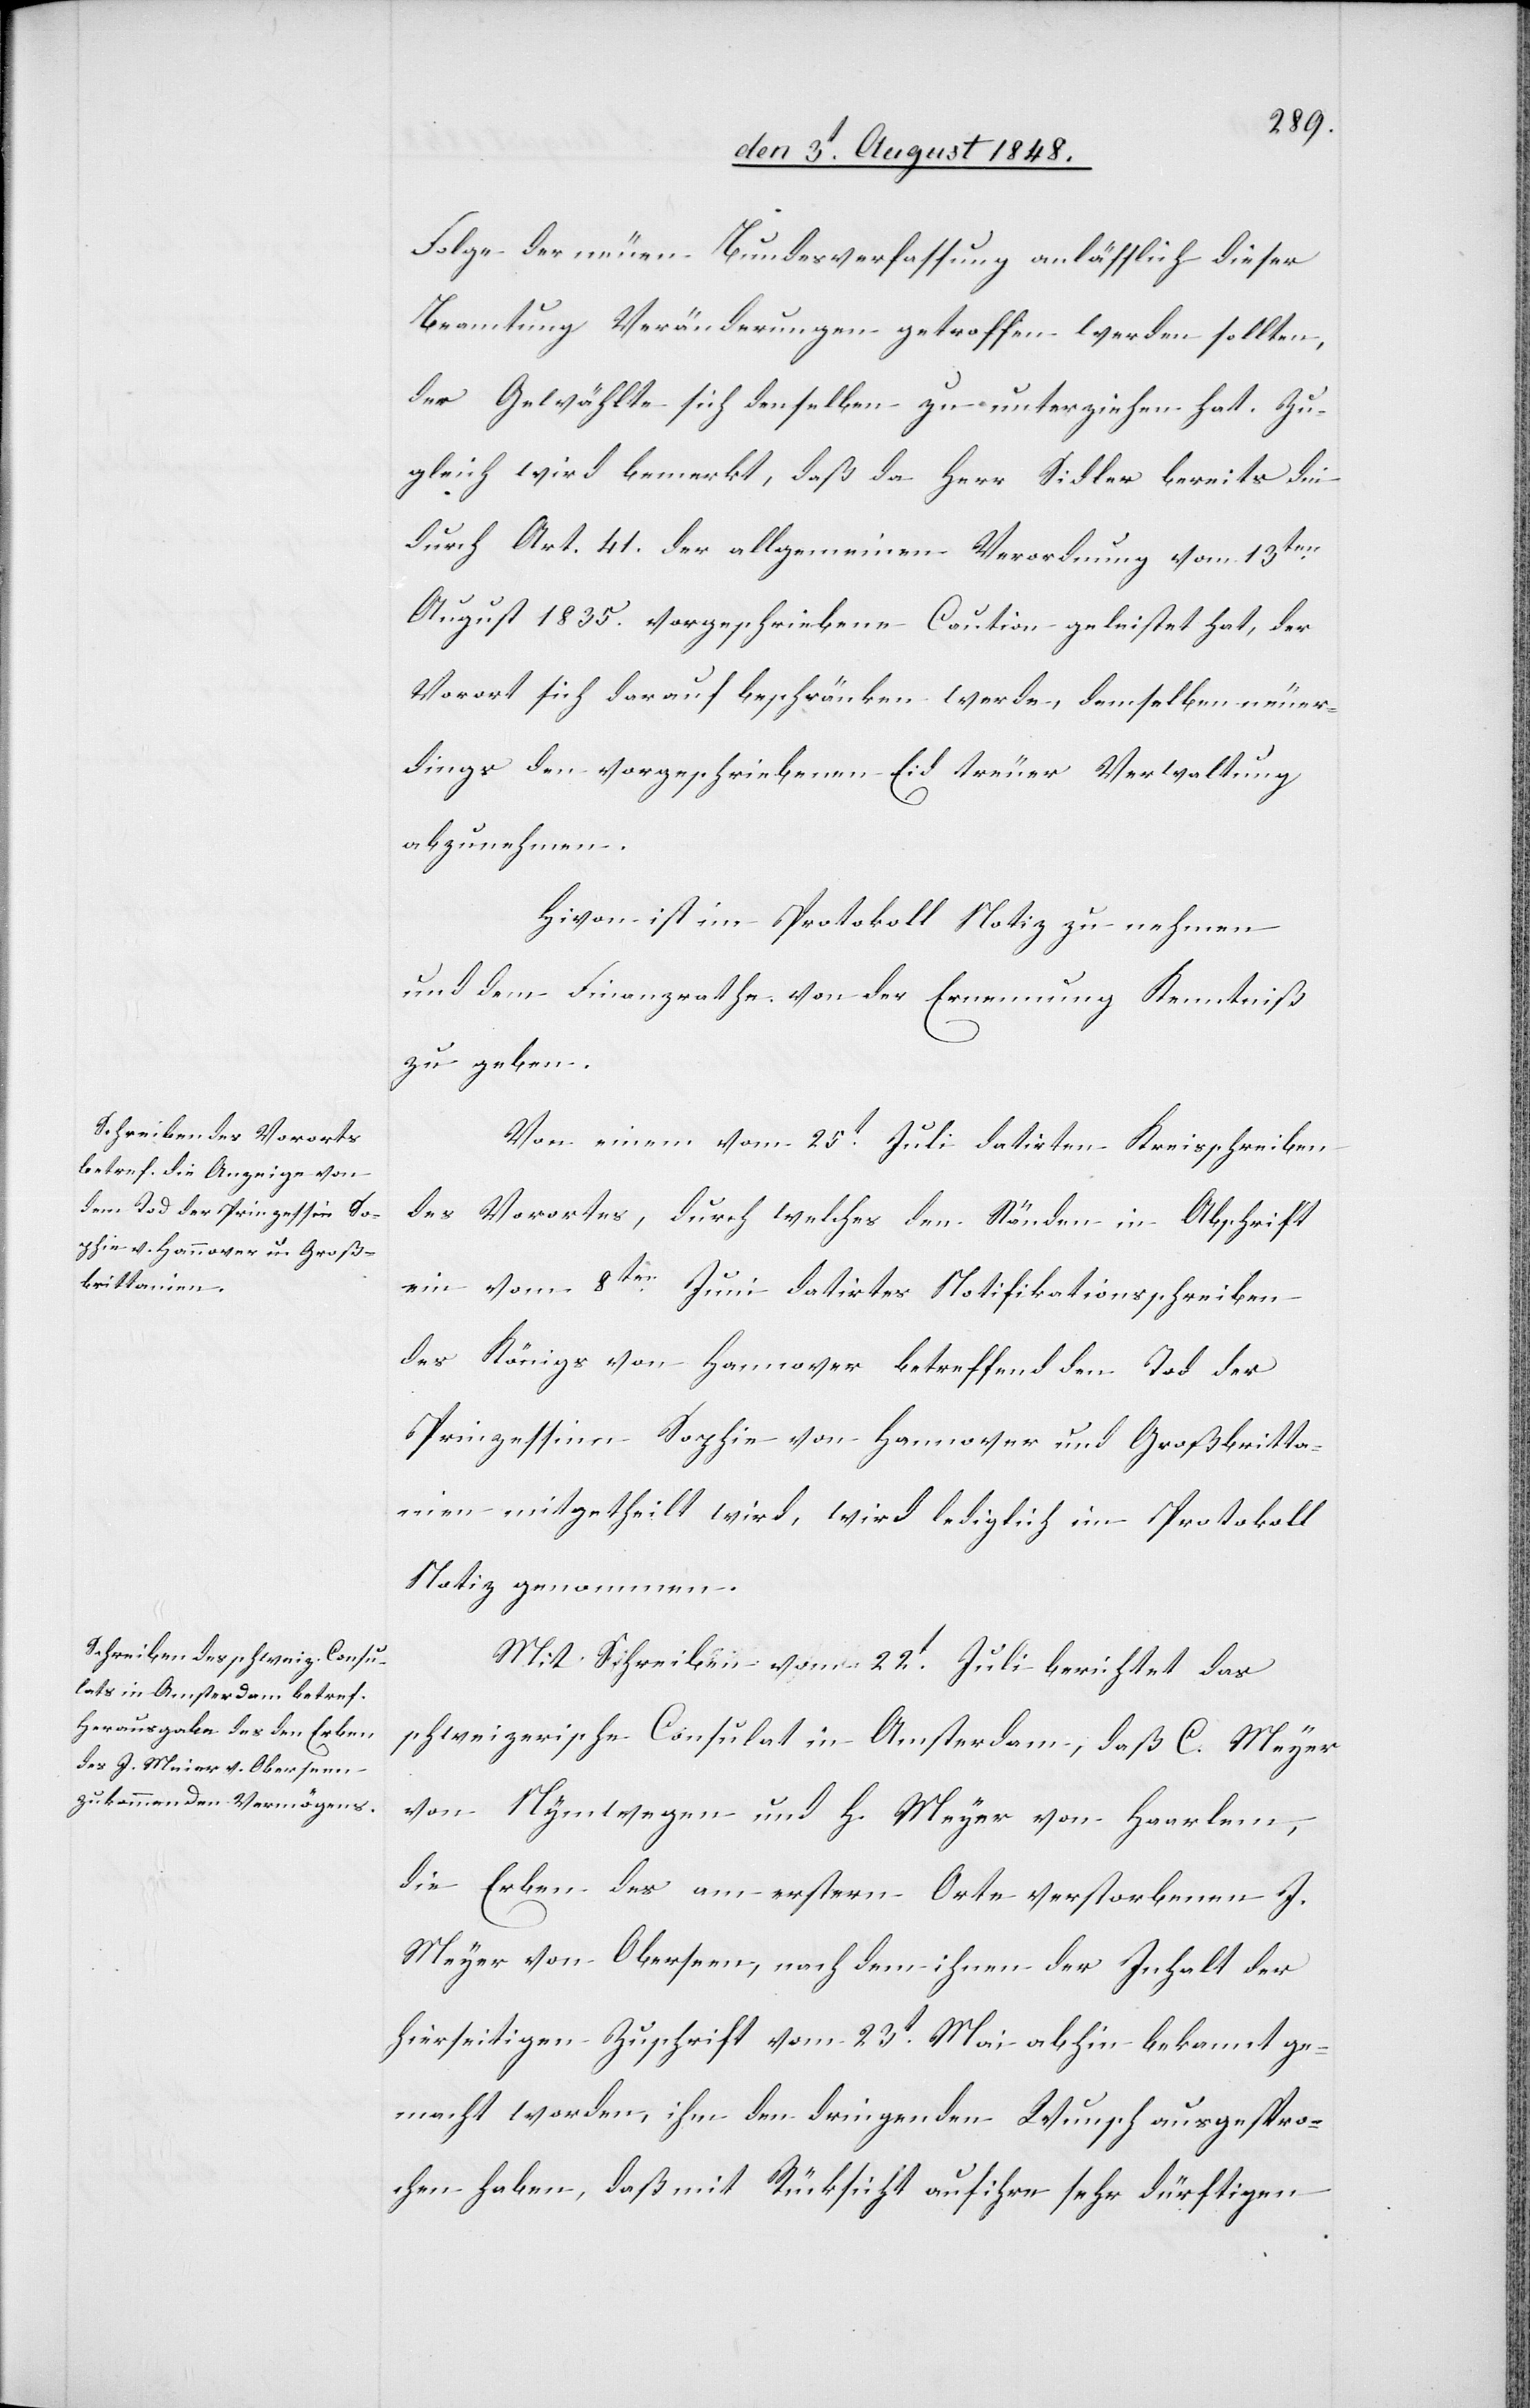
Folge der neuen Bundesverfassung anläßlich dieser
Beamtung Veränderungen getroffen werden sollten,
der Gewählte sich denselben zu unterziehen hat. Zu¬
gleich wird bemerkt, daß da Herr Sidler bereits die
durch Art. 41. der allgemeinen Verordnung vom 13ten
August 1835. vorgeschriebene Caution geleistet hat, der
Vorort sich darauf beschränken werde, demselben neuer¬
dings den vorgeschriebenen Eid treuer Verwaltung
abzunehmen.
Hi[e]von ist im Protokoll Notiz zu nehmen
und dem Finanzrathe von der Ernennung Kenntniß
zu geben.
Von einem vom 25t Juli datirten Kreisschreiben
des Vorortes, durch welches den Ständen in Abschrift
ein vom 8ten Juni datirtes Notifikationsschreiben
des Königs von Hannover betreffend den Tod der
Prinzessinn Sophie von Hannover und Großbritta¬
nien mitgetheilt wird, wird lediglich im Protokoll
Notiz genommen.
Mit Schreiben vom 22t Juli berichtet das
schweizerische Consulat in Amsterdam, daß C. Meyer
von Nymwegen und H. Meyer von Haarlem,
die Erben des am ersten Orte verstorbenen J.
Meyer von Oberseen, nach dem ihnen der Inhalt der
hierseitigen Zuschrift vom 23t Mai abhin bekannt ge¬
macht worden, ihm den dringenden Wunsch ausgespro¬
chen haben, daß mit Rücksicht auf ihre sehr dürftigen